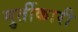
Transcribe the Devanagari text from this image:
मुर्तीकारी